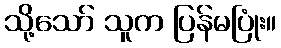
သို့သော် သူက ပြန်မပြုံး။